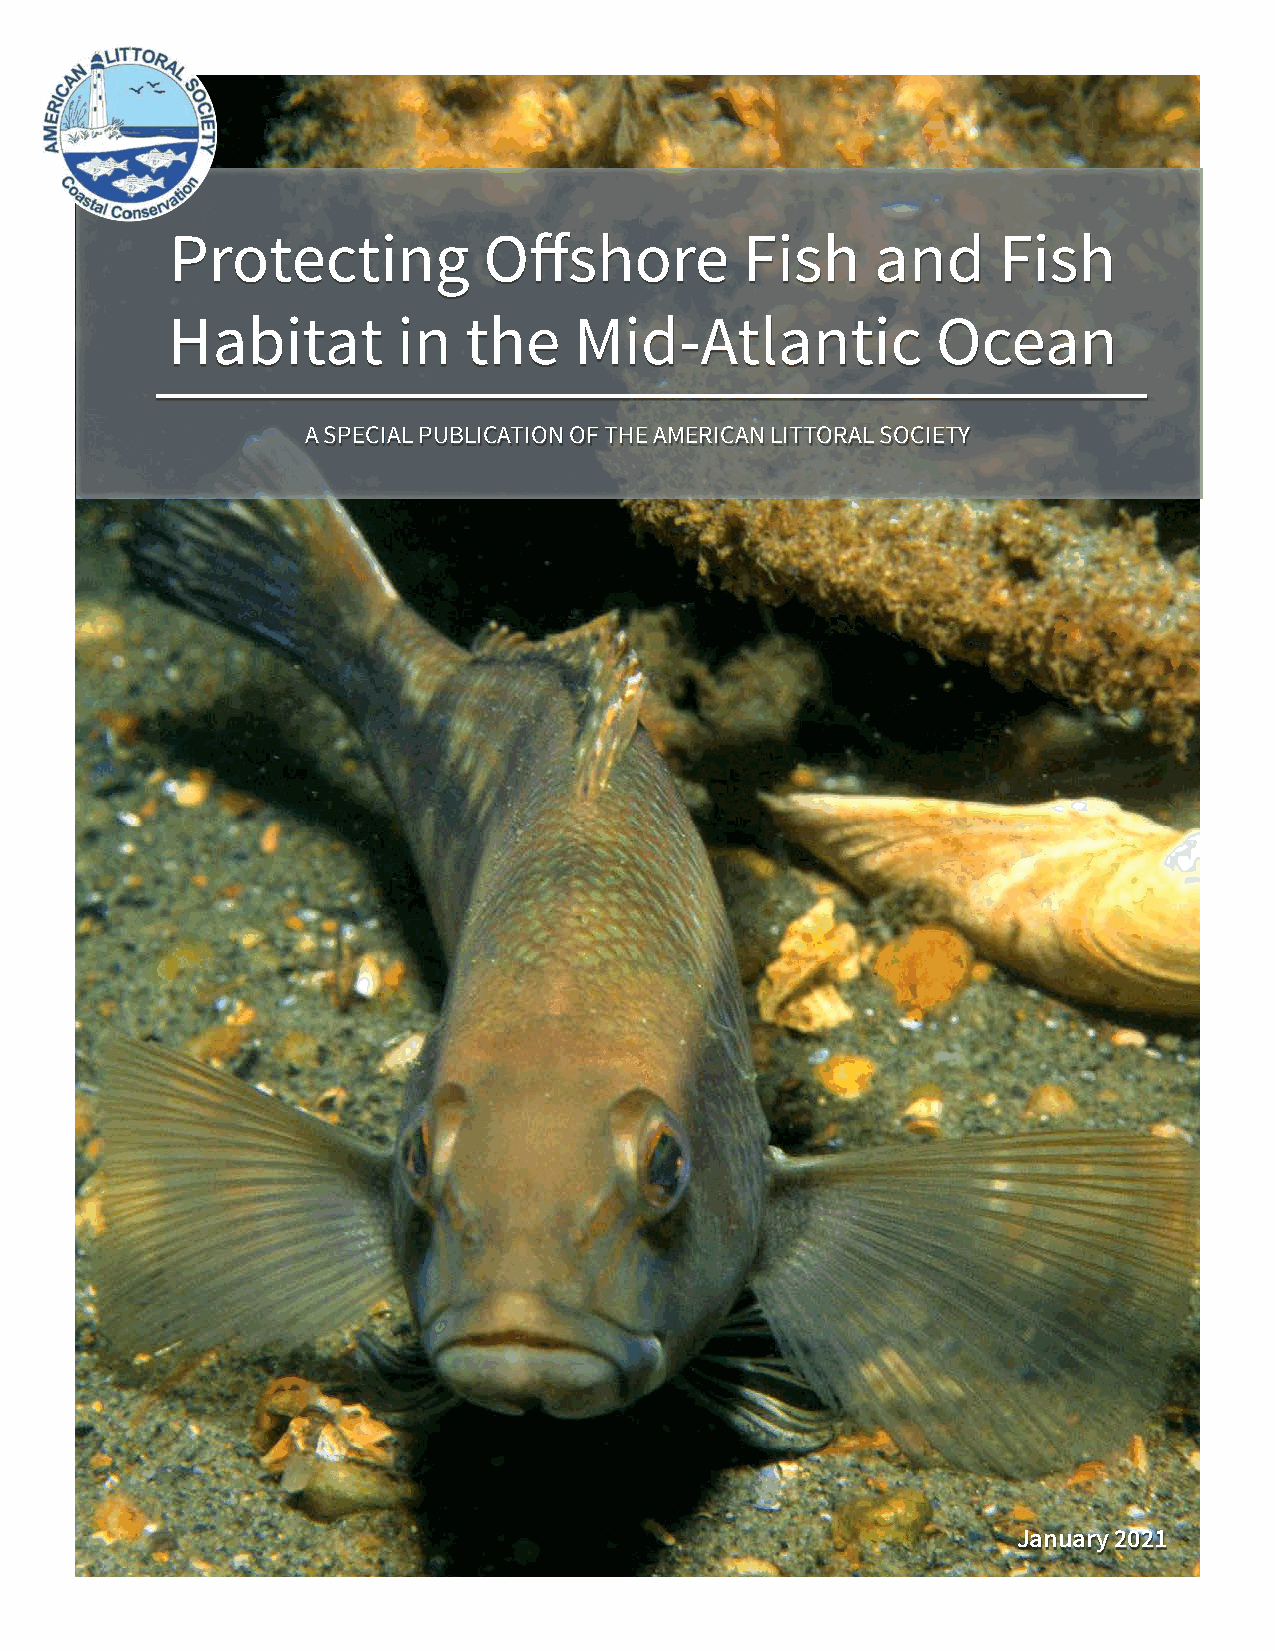
Protecting           Offshore         Fish     and     Fish
 Habitat        in   the    Mid-Atlantic            Ocean
 A SPECIAL PUBLICATION OF THE AMERICAN LITTORAL SOCIETY
 January 2021